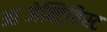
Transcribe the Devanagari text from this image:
आब्जेक्टिविस्ट